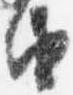
由